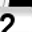
Digit: 2